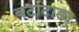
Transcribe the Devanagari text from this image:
बटाटाडा